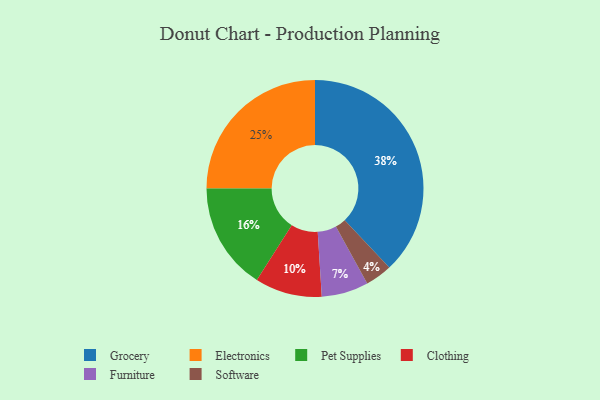
{"axis": {"x": "Category", "y": "Percentage"}, "legend": ["Clothing", "Electronics", "Furniture", "Grocery", "Pet Supplies", "Software"], "data": [{"x": "Electronics", "y": 25, "type": "Electronics"}, {"x": "Grocery", "y": 38, "type": "Grocery"}, {"x": "Pet Supplies", "y": 16, "type": "Pet Supplies"}, {"x": "Clothing", "y": 10, "type": "Clothing"}, {"x": "Software", "y": 4, "type": "Software"}, {"x": "Furniture", "y": 7, "type": "Furniture"}]}